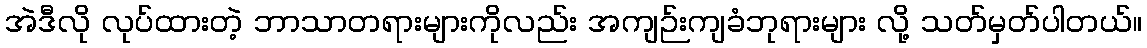
အဲဒီလို လုပ်ထားတဲ့ ဘာသာတရားများကိုလည်း အကျဉ်းကျခံဘုရားများ လို့ သတ်မှတ်ပါတယ်။